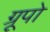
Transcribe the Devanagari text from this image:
ग्रूपो